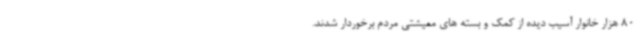
80 هزار خانوار آسیب دیده از کمک و بسته های معیشتی مردم برخوردار شدند.